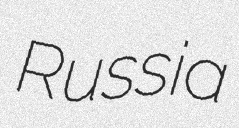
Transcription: Russia